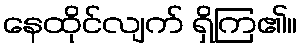
နေထိုင်လျက် ရှိကြ၏။